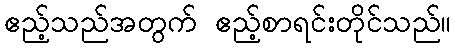
ဧည့်သည်အတွက် ဧည့်စာရင်းတိုင်သည်။